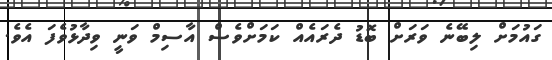
ގައުމަށް ލިބޭނެ ވަރަށް ބޮޑު ދެރައެއް ކަމަށްވެސް އާސިމް ވަނީ ވިދާޅުވެފަ އެވެ.